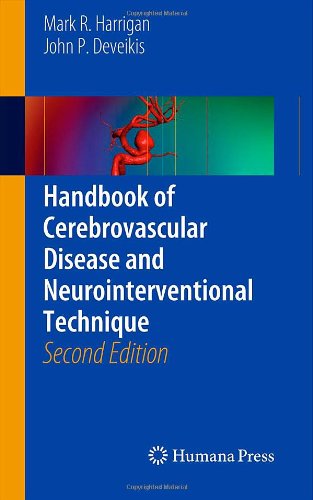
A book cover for Handbook of Cerebrovascular Disease and Neurointerventional Technique (Contemporary Medical Imaging); Mark R. Harrigan; Health, Fitness & Dieting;